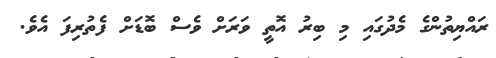
ރައްޔިތުންގެ މެދުގައި މި ބިރު އޮތީ ވަރަށް ވެސް ބޮޑަށް ފެތުރިފަ އެވެ.